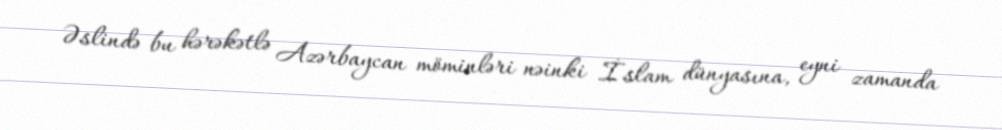
Əslində bu hərəkətlə Azərbaycan möminləri nəinki İslam dünyasına, eyni zamanda